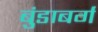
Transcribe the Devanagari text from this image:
बुंडाबर्ग